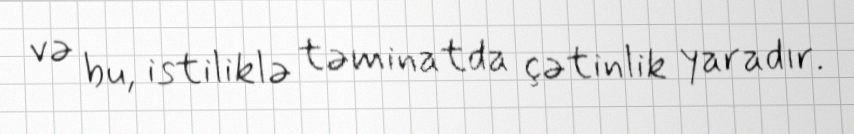
və bu, istiliklə təminatda çətinlik yaradır.